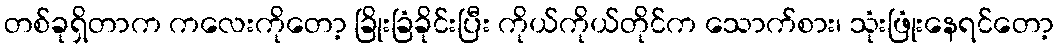
တစ်ခုရှိတာက ကလေးကိုတော့ ခြိုးခြံခိုင်းပြီး ကိုယ်ကိုယ်တိုင်က သောက်စား၊ သုံးဖြုံးနေရင်တော့